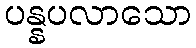
ပန္နပလာသော